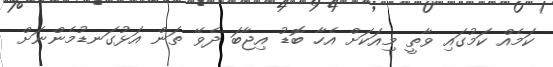
ކަމެއް ކަމުގައި ވާތީ މިއަކަށް އެހާ ބޮޑު އިޖާބަ ދެވޭ ތަން އަޅުގަނޑުމެންނަށް